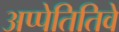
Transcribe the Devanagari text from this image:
अप्पेतितिवे